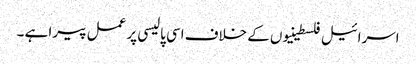
اسرائیل فلسطینیوں کے خلاف اسی پالیسی پر عمل پیرا ہے ۔